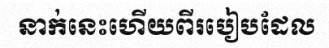
នាក់នេះហើយពីរបៀបដែល